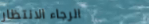
الرجاء الانتظار